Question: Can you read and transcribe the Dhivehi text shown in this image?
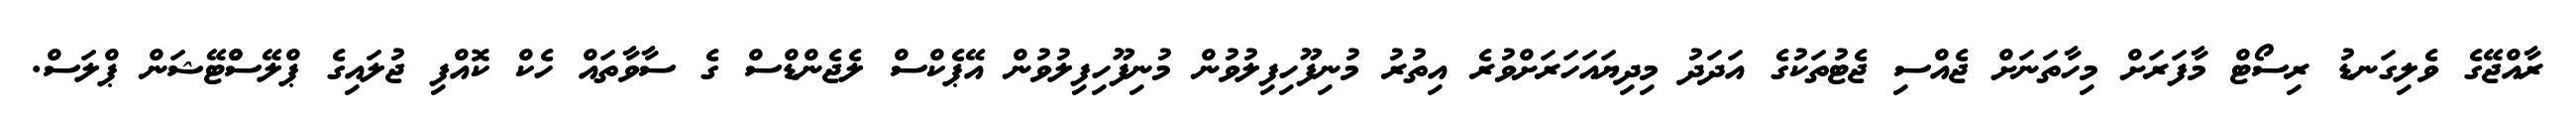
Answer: ރާއްޖޭގެ ވެލިގަނޑު ރިސޯޓް މާފަރަށް މިހާތަނަށް ޖެއްސި ޖެޓުތަކުގެ އަދަދު މިދިޔައަހަރަށްވުރެ އިތުރު މުނިފޫހިފިލުވުން މުނިފޫހިފިލުވުން އޭޕެކްސް ލެޖެންޑްސް ގެ ސާވާތައް ހެކް ކޮއްފި ޖުލައިގެ ޕްލޭސްްޓޭޝަން ޕްލަސް.